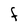
Character: F